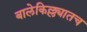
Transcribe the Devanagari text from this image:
बालेकिल्ल्यातच